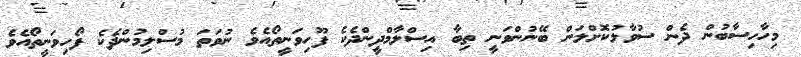
މިހާހިސާބުން ދެން ސުވާލުކޮށްލަން ބޭނުންވަނީ ތިބާ އިސްލާމްދީންދެކެ ފޫހިވަނީތޯއެވެ ނުވަތަ މުސްލިމުންދެކެ ފޯހިވަނީތޯއެވެ